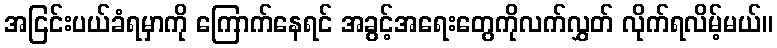
အငြင်းပယ်ခံရမှာကို ကြောက်နေရင် အခွင့်အရေးတွေကိုလက်လွှတ် လိုက်ရလိမ့်မယ်။